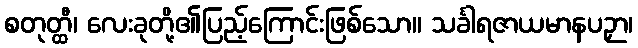
စတုတ္ထီ၊ လေးခုတို့၏ပြည့်ကြောင်းဖြစ်သော။ သင်္ခါရဇာယမာနပဉှာ၊